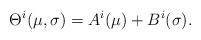
LaTeX: \begin{align*}\Theta^i(\mu,\sigma) = A^i(\mu) + B^i(\sigma).\end{align*}